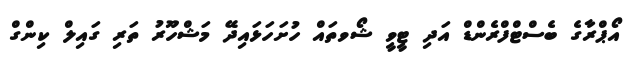
އޯޕްރާގެ ބެސްޓްފްރެންޑް އަދި ޓީވީ ޝޯވތައް ހުށަހަޅައިދޭ މަޝްހޫރު ތަރި ގައިލް ކިންގް